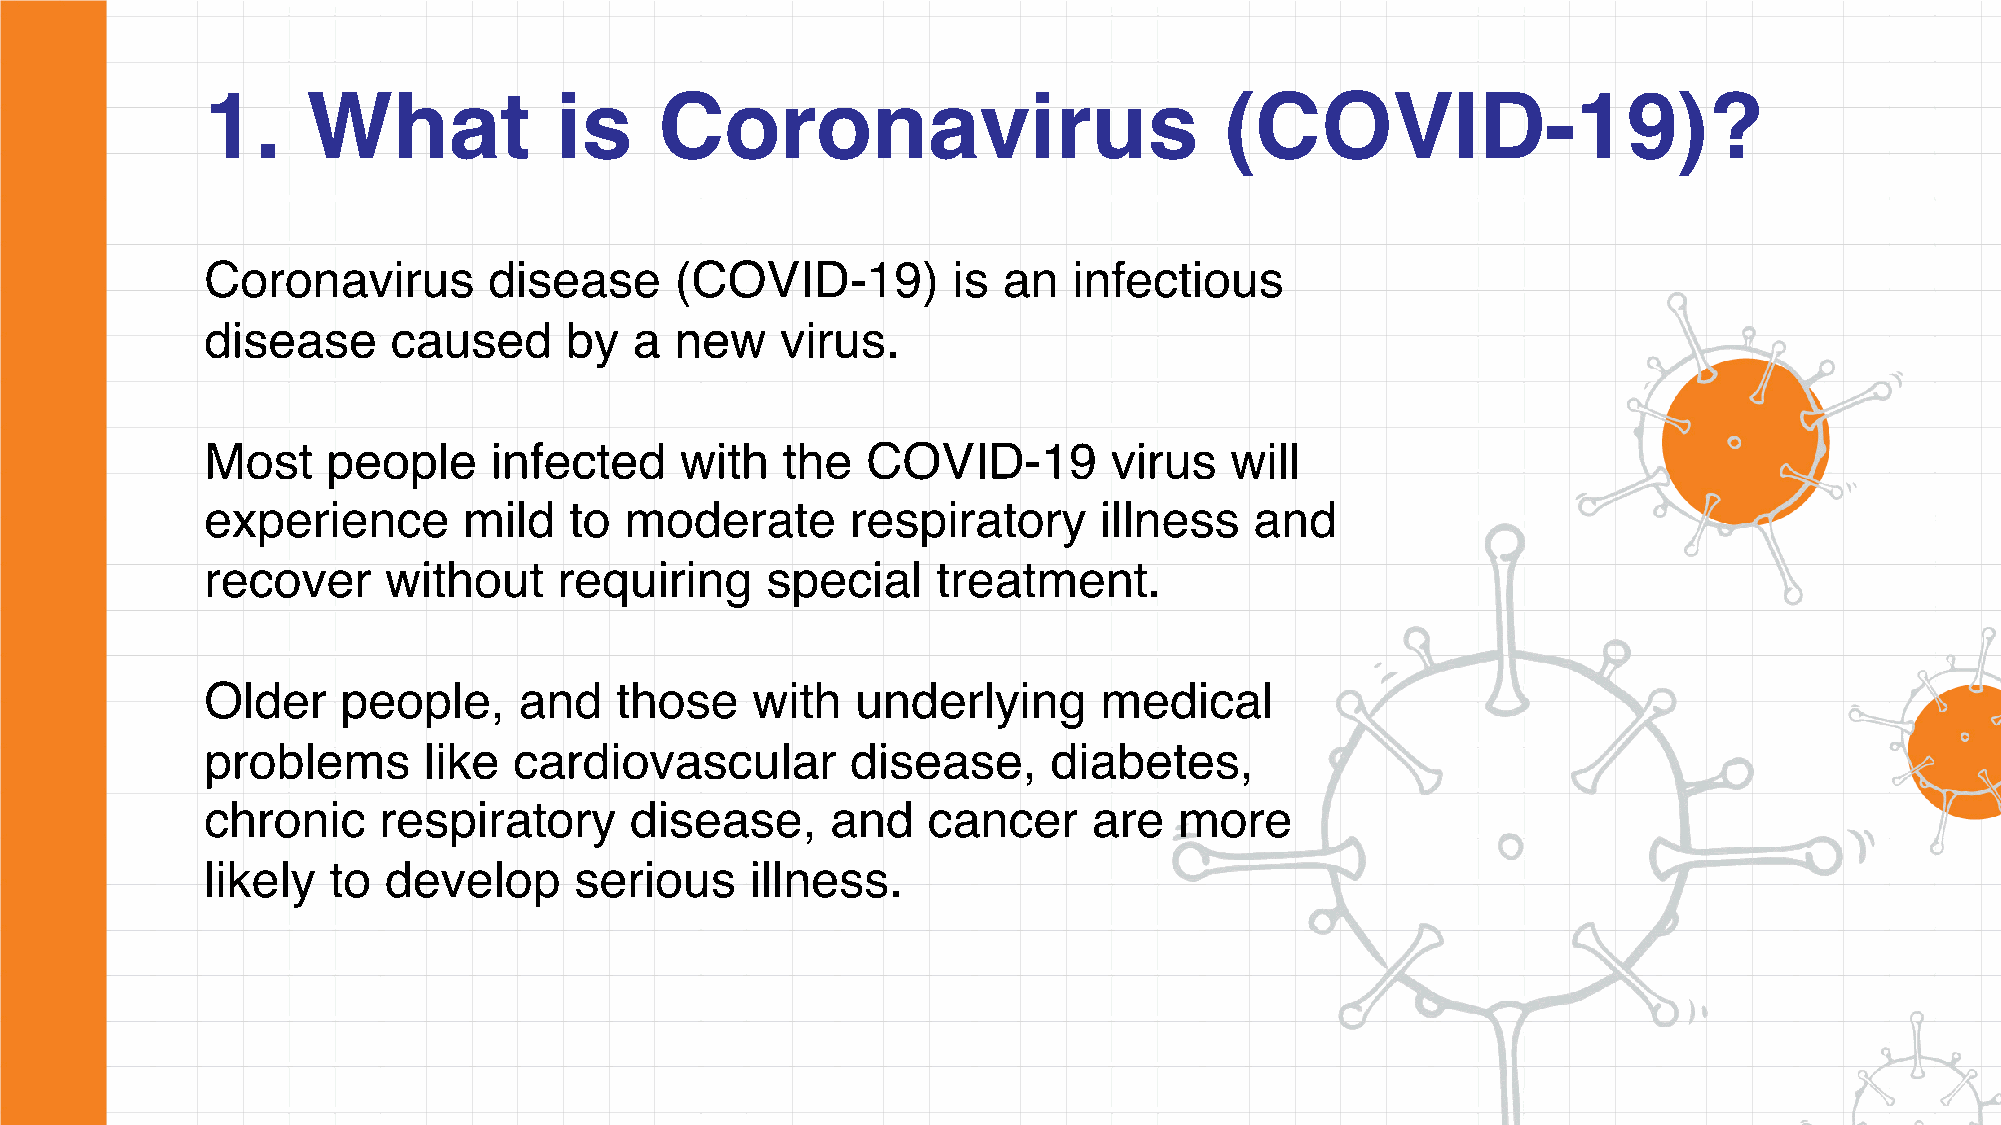
1.    What             is     Coronavirus                          (COVID-19)?
 Coronavirus       disease      (COVID-19)        is an   infectious
 disease     caused     by   a  new    virus.
 Most    people    infected     with   the  COVID-19         virus  will
 experience       mild   to moderate       respiratory      illness   and
 recover    without     requiring     special    treatment.
 Older    people,    and    those    with   underlying      medical
 problems      like  cardiovascular        disease,      diabetes,
 chronic    respiratory      disease,     and   cancer     are   more
 likely  to develop      serious     illness.